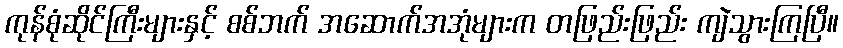
ကုန်စုံဆိုင်ကြီးများနှင့် စစ်ဘက် အဆောက်အအုံများက တဖြည်းဖြည်း ကျဲသွားကြပြီ။